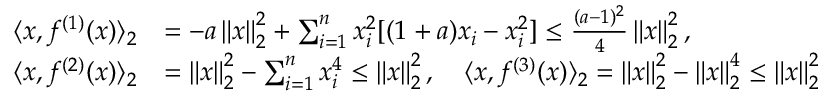
\begin{array} { r l } { \langle x , f ^ { ( 1 ) } ( x ) \rangle _ { 2 } } & { = - a \left\| x \right\| _ { 2 } ^ { 2 } + \sum _ { i = 1 } ^ { n } x _ { i } ^ { 2 } [ ( 1 + a ) x _ { i } - x _ { i } ^ { 2 } ] \leq \frac { ( a - 1 ) ^ { 2 } } { 4 } \left\| x \right\| _ { 2 } ^ { 2 } , } \\ { \langle x , f ^ { ( 2 ) } ( x ) \rangle _ { 2 } } & { = \left\| x \right\| _ { 2 } ^ { 2 } - \sum _ { i = 1 } ^ { n } x _ { i } ^ { 4 } \leq \left\| x \right\| _ { 2 } ^ { 2 } , \quad \langle x , f ^ { ( 3 ) } ( x ) \rangle _ { 2 } = \left\| x \right\| _ { 2 } ^ { 2 } - \left\| x \right\| _ { 2 } ^ { 4 } \leq \left\| x \right\| _ { 2 } ^ { 2 } } \end{array}